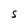
Character: S